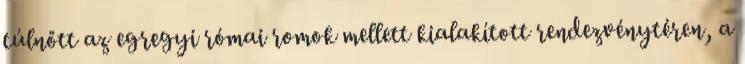
túlnőtt az egregyi római romok mellett kialakított rendezvénytéren, a